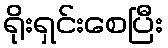
ရိုးရှင်းစေပြီး